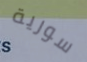
سورية